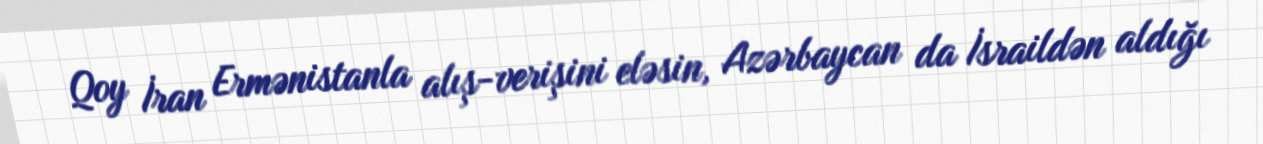
Qoy İran Ermənistanla alış-verişini eləsin, Azərbaycan da İsraildən aldığı